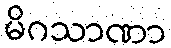
မိဂသာဏာ